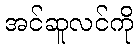
အင်ဆူလင်ကို